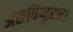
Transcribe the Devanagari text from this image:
अरुविप्पुरम।